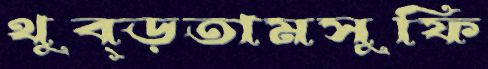
থুব্‌ড়তামসুফি